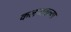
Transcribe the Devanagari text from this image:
कलनातल्या